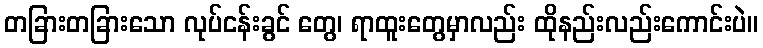
တခြားတခြားသော လုပ်ငန်းခွင် တွေ၊ ရာထူးတွေမှာလည်း ထိုနည်းလည်းကောင်းပဲ။